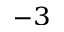
^ { - 3 }